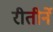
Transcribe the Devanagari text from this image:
रीतीर्ने